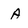
Character: A